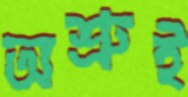
অশ্রুই